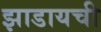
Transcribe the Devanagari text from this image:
झाडायची